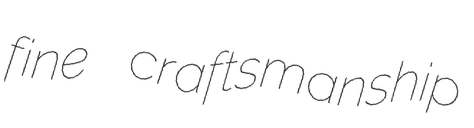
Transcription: fine craftsmanship